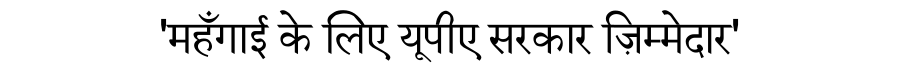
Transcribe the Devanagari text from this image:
'महँगाई के लिए यूपीए सरकार ज़िम्मेदार'